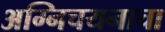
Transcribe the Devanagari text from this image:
अग्निचयनाचा